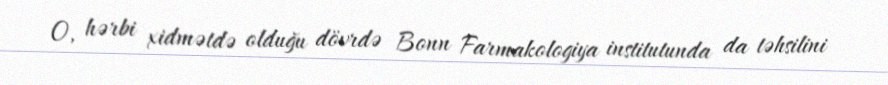
O, hərbi xidmətdə olduğu dövrdə Bonn Farmakologiya institutunda da təhsilini